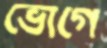
ভোগে